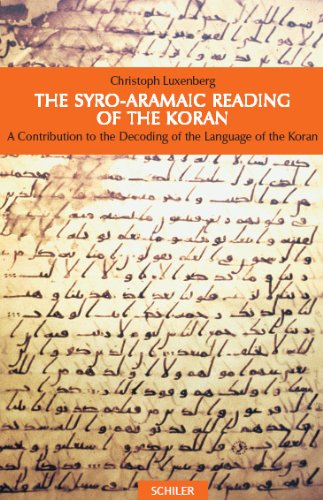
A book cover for The Syro-Aramaic Reading of the Koran: A Contribution to the Decoding of the Language of the Koran; Christoph Luxenberg; Religion & Spirituality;